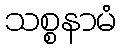
သစ္စနာမံ